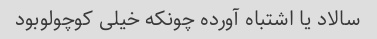
سالاد یا اشتباه آورده چونکه خیلی کوچولوبود